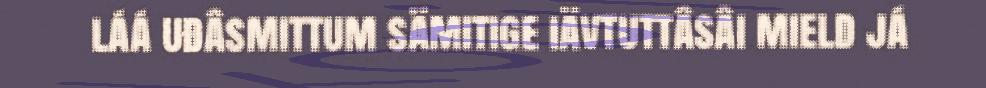
láá uđâsmittum sämitige iävtuttâsâi mield já